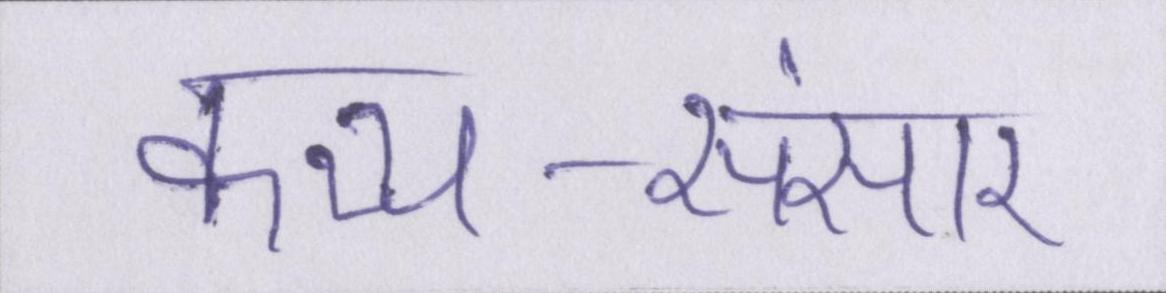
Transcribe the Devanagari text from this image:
कथ्य-संसार